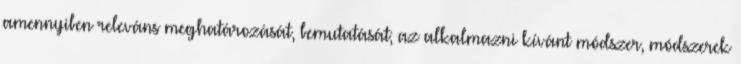
amennyiben releváns meghatározását, bemutatását; az alkalmazni kívánt módszer, módszerek